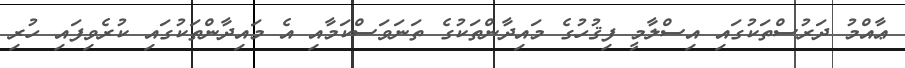
ޢާއްމު ދަރުސްތަކުގައި އިސްލާމީ ފިޤުހުގެ މައިދާންތަކުގެ ތަނަވަސްކަމާއި އެ މައިދާންތަކުގައި ކުރެވިފައި ހުރި